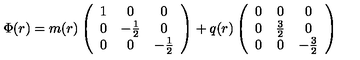
\Phi ( r ) = m ( r ) \left( \begin{array} { c c c } { 1 } & { 0 } & { 0 } \\ { 0 } & { - \frac { 1 } { 2 } } & { 0 } \\ { 0 } & { 0 } & { - \frac { 1 } { 2 } } \\ \end{array} \right) + q ( r ) \left( \begin{array} { c c c } { 0 } & { 0 } & { 0 } \\ { 0 } & { \frac { 3 } { 2 } } & { 0 } \\ { 0 } & { 0 } & { - \frac { 3 } { 2 } } \\ \end{array} \right)